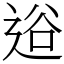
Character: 逧